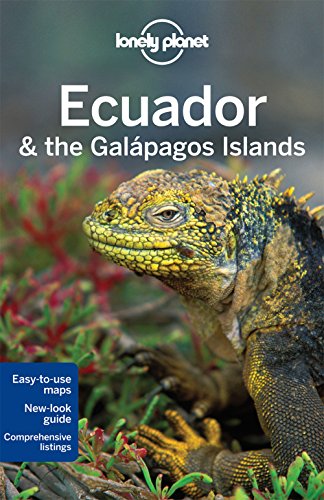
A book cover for Lonely Planet Ecuador & the Galapagos Islands (Travel Guide); Lonely Planet; Travel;